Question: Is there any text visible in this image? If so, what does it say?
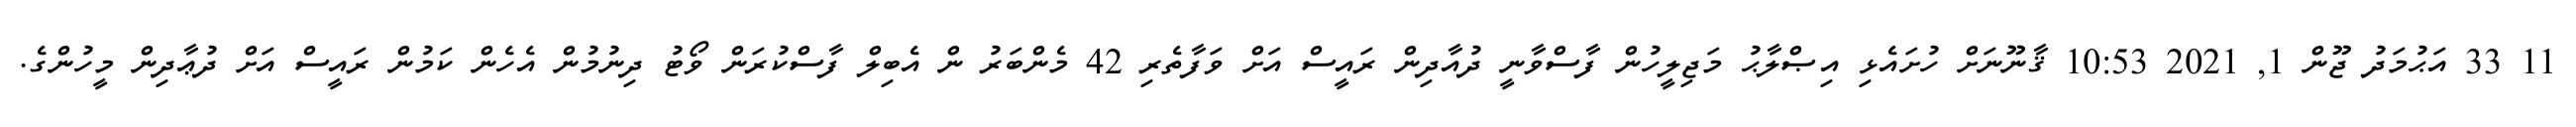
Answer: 11 33 އަޙުމަދު ޖޫން 1, 2021 10:53 ޤާނޫނަށް ހުށައެޅި އިޞްލާޙު މަޖިލީހުން ފާސްވާނީ ދުއާދިން ރައީސް އަށް ވަފާތެރި 42 މެންބަރު ން އެބިލް ފާސްކުރަން ވޯޓު ދިނުމުން އެހެން ކަމުން ރައީސް އަށް ދުޢާދިން މީހުންގެ.